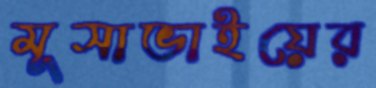
মূসাভাইয়ের